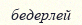
бедерлей